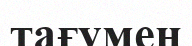
тағумен